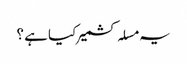
یہ مسلہ کشمیر کیا ہے ؟